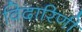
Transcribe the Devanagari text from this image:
विदारिणी